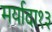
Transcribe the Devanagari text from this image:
मर्यादा१३